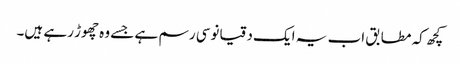
کچھ کہ مطابق اب یہ ایک دقیانوسی رسم ہے جسے وہ چھوڑ رہے ہیں۔